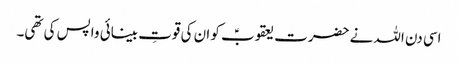
اسی دن اللہ نے حضرت یعقوبؑ کو ان کی قوتِ بینائی واپس کی تھی۔